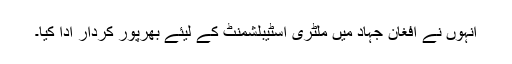
انہوں نے افغان جہاد میں ملٹری اسٹیبلشمنٹ کے لیئے بھرپور کردار ادا کیا۔